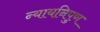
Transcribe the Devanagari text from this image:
न्यायनिपुण